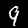
Label: 9